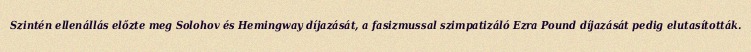
Szintén ellenállás előzte meg Solohov és Hemingway díjazását, a fasizmussal szimpatizáló Ezra Pound díjazását pedig elutasították.